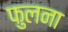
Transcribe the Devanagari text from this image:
फुलना